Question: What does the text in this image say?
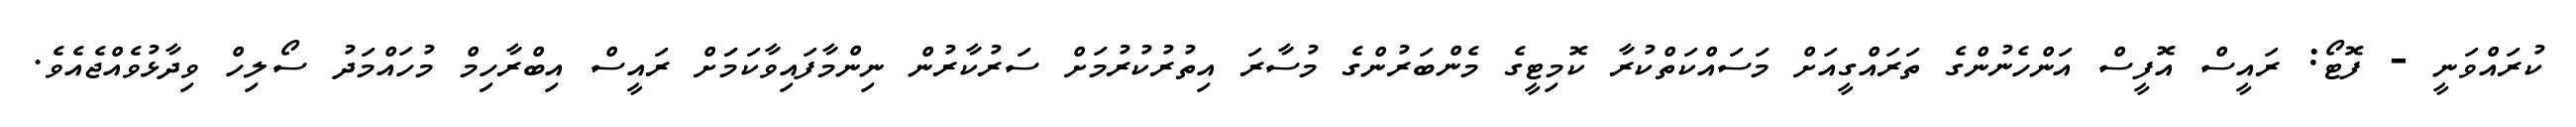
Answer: ކުރައްވަނީ - ފޮޓޯ: ރައީސް އޮފީސް އަންހެނުންގެ ތަރައްގީއަށް މަސައްކަތްކުރާ ކޮމިޓީގެ މެންބަރުންގެ މުސާރަ އިތުރުކުރުމަށް ސަރުކާރުން ނިންމާފައިވާކަމަަށް ރައީސް އިބްރާހިމް މުހައްމަދު ސޯލިހް ވިދާޅުވެއްޖެއެވެ.